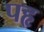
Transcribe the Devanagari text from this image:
पहृ